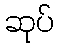
ဆုပ်